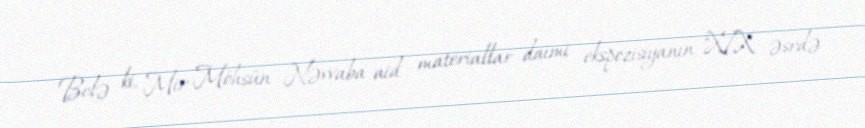
Belə ki, Mir Möhsün Nəvvaba aid materiallar daimi ekspozisiyanın "XIX əsrdə